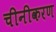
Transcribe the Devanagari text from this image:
चीनीकरण